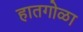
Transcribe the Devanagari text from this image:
हातगोळा